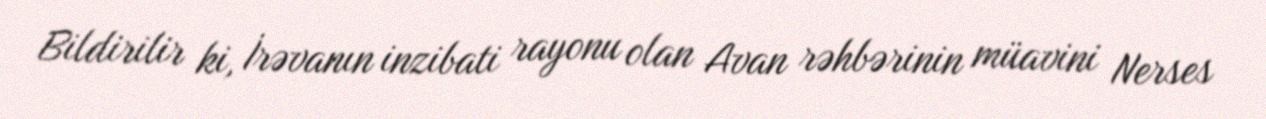
Bildirilir ki, İrəvanın inzibati rayonu olan Avan rəhbərinin müavini Nerses